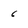
Character: 6